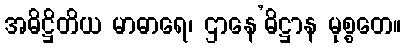
အဓိဋ္ဌိတိယ မာဓာရေ၊ ဌာနေ’ဓိဋ္ဌာန မုစ္စတေ။